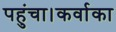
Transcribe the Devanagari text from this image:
पहुंचा।कर्वाका